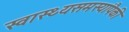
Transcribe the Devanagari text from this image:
स्वास्थ्यसमस्यांपैकी